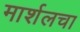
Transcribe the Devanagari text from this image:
मार्शलचा